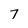
Character: 7